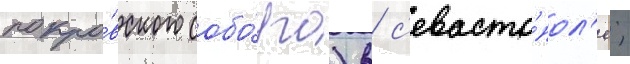
покро́вского собо́ра) в с'евасто́пол'е;